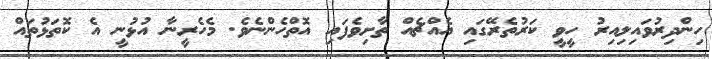
ހިންދިރުވައިލިއިރު ހީވީ ކަރުތެރޭގައި އެއްޗެއް ތާށިވެފައި އޮތްހެންނެވެ. މެހެރީނާ އުޅުނީ އެ ކޮތަޅުތައް